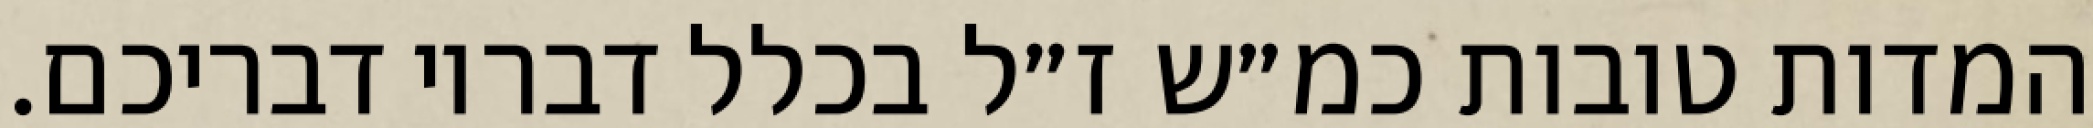
המדות טובות כמ״ש ז״ל בכלל דבריו דבריכם.